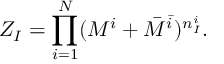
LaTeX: Z _ { I } = \prod _ { i = 1 } ^ { N } ( M ^ { i } + \bar { M } ^ { \bar { i } } ) ^ { n _ { I } ^ { i } } .